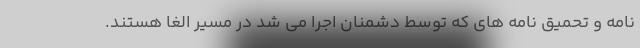
نامه و تحمیق نامه های که توسط دشمنان اجرا می شد در مسیر الغا هستند.